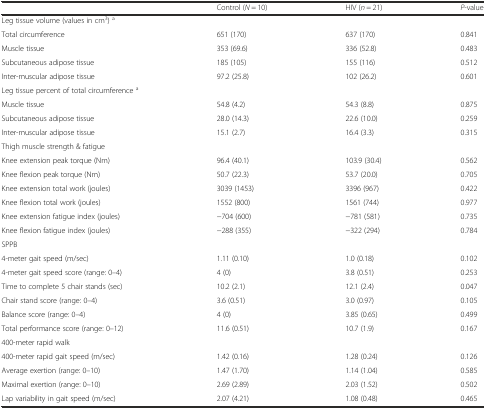
<table><thead><tr><td></td><td><b>Control (<i>N</i> = 10)</b></td><td><b>HIV (<i>n</i> = 21)</b></td><td><b><i>P</i>-value</b></td></tr></thead><tbody><tr><td>Leg tissue volume (values in cm<sup>3</sup>) <sup>a</sup></td><td></td><td></td><td></td></tr><tr><td>Total circumference</td><td>651 (170)</td><td>637 (170)</td><td>0.841</td></tr><tr><td>Muscle tissue</td><td>353 (69.6)</td><td>336 (52.8)</td><td>0.483</td></tr><tr><td>Subcutaneous adipose tissue</td><td>185 (105)</td><td>155 (116)</td><td>0.512</td></tr><tr><td>Inter-muscular adipose tissue</td><td>97.2 (25.8)</td><td>102 (26.2)</td><td>0.601</td></tr><tr><td>Leg tissue percent of total circumference <sup>a</sup></td><td></td><td></td><td></td></tr><tr><td>Muscle tissue</td><td>54.8 (4.2)</td><td>54.3 (8.8)</td><td>0.875</td></tr><tr><td>Subcutaneous adipose tissue</td><td>28.0 (14.3)</td><td>22.6 (10.0)</td><td>0.259</td></tr><tr><td>Inter-muscular adipose tissue</td><td>15.1 (2.7)</td><td>16.4 (3.3)</td><td>0.315</td></tr><tr><td>Thigh muscle strength &amp; fatigue</td><td></td><td></td><td></td></tr><tr><td>Knee extension peak torque (Nm)</td><td>96.4 (40.1)</td><td>103.9 (30.4)</td><td>0.562</td></tr><tr><td>Knee flexion peak torque (Nm)</td><td>50.7 (22.3)</td><td>53.7 (20.0)</td><td>0.705</td></tr><tr><td>Knee extension total work (joules)</td><td>3039 (1453)</td><td>3396 (967)</td><td>0.422</td></tr><tr><td>Knee flexion total work (joules)</td><td>1552 (800)</td><td>1561 (744)</td><td>0.977</td></tr><tr><td>Knee extension fatigue index (joules)</td><td>−704 (600)</td><td>−781 (581)</td><td>0.735</td></tr><tr><td>Knee flexion fatigue index (joules)</td><td>−288 (355)</td><td>−322 (294)</td><td>0.784</td></tr><tr><td>SPPB</td><td></td><td></td><td></td></tr><tr><td>4-meter gait speed (m/sec)</td><td>1.11 (0.10)</td><td>1.0 (0.18)</td><td>0.102</td></tr><tr><td>4-meter gait speed score (range: 0–4)</td><td>4 (0)</td><td>3.8 (0.51)</td><td>0.253</td></tr><tr><td>Time to complete 5 chair stands (sec)</td><td>10.2 (2.1)</td><td>12.1 (2.4)</td><td>0.047</td></tr><tr><td>Chair stand score (range: 0–4)</td><td>3.6 (0.51)</td><td>3.0 (0.97)</td><td>0.105</td></tr><tr><td>Balance score (range: 0–4)</td><td>4 (0)</td><td>3.85 (0.65)</td><td>0.499</td></tr><tr><td>Total performance score (range: 0–12)</td><td>11.6 (0.51)</td><td>10.7 (1.9)</td><td>0.167</td></tr><tr><td>400-meter rapid walk</td><td></td><td></td><td></td></tr><tr><td>400-meter rapid gait speed (m/sec)</td><td>1.42 (0.16)</td><td>1.28 (0.24)</td><td>0.126</td></tr><tr><td>Average exertion (range: 0–10)</td><td>1.47 (1.70)</td><td>1.14 (1.04)</td><td>0.585</td></tr><tr><td>Maximal exertion (range: 0–10)</td><td>2.69 (2.89)</td><td>2.03 (1.52)</td><td>0.502</td></tr><tr><td>Lap variability in gait speed (m/sec)</td><td>2.07 (4.21)</td><td>1.08 (0.48)</td><td>0.465</td></tr></tbody></table>